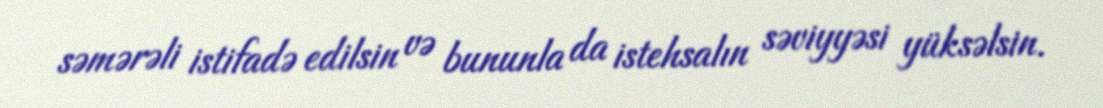
səmərəli istifadə edilsin və bununla da istehsalın səviyyəsi yüksəlsin.